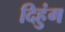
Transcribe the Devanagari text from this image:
दिहुंग